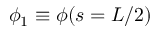
\phi _ { 1 } \equiv \phi ( s = L / 2 )